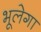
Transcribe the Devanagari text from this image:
भूलेगा